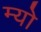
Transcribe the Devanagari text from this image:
म्‍यो